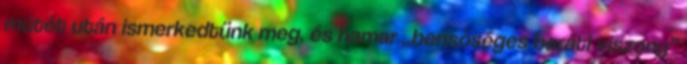
műtét után is­merkedtünk meg, és hamar „bensőséges baráti viszony”